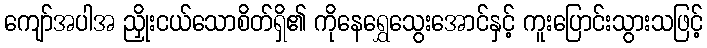
ကျော်အပါအ ညှိုးငယ်သောစိတ်ရှိ၏ ကိုနေရွှေသွေးအောင်နှင့် ကူးပြောင်းသွားသဖြင့်